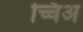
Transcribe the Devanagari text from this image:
च्चिअ